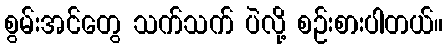
စွမ်းအင်တွေ သက်သက် ပဲလို့ စဉ်းစားပါတယ်။